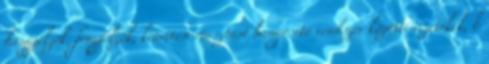
hangjelzõk, fényjelzõk, kiürítési riasztást hangosító rendszer közötti vezetékek, b